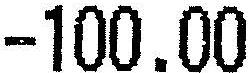
-100.00